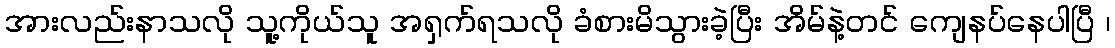
အားလည်းနာသလို သူ့ကိုယ်သူ အရှက်ရသလို ခံစားမိသွားခဲ့ပြီး အိမ်နဲ့တင် ကျေနပ်နေပါပြီ ၊